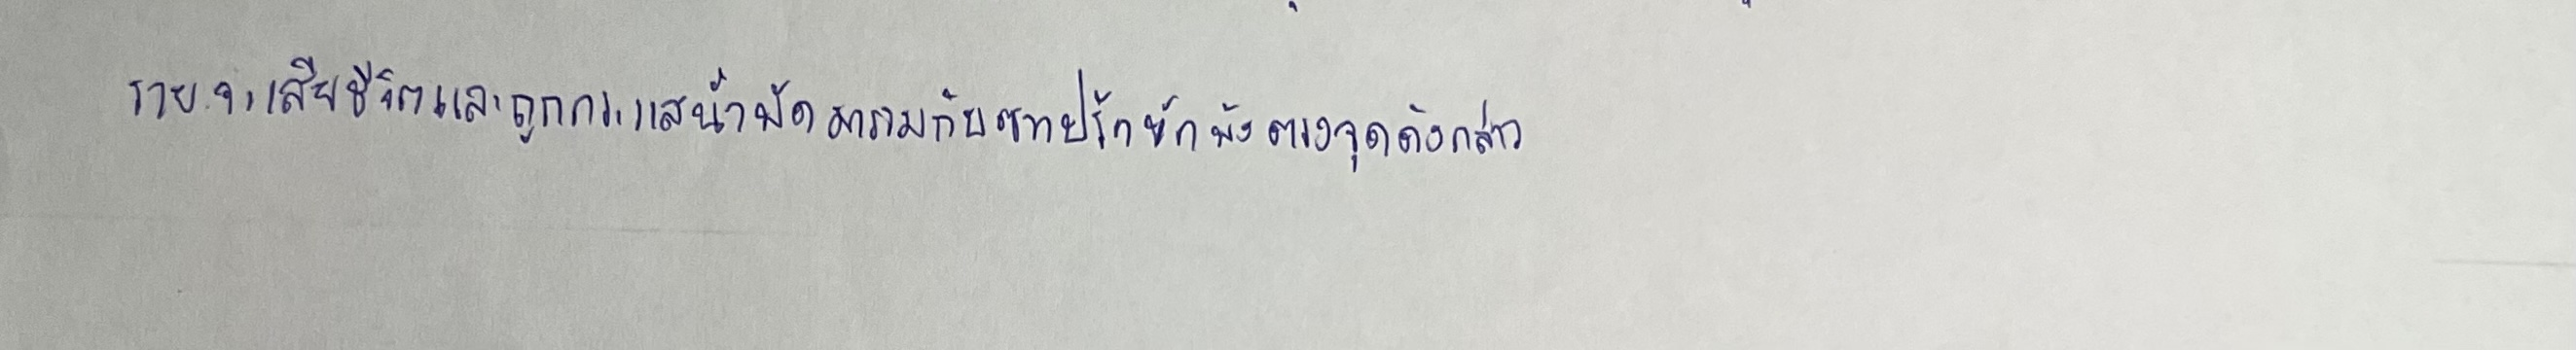
รายจะเสียชีวิตและถูกกระแสน้ำพัดมารวมกับซากปรักหักพังตรงจุดดังกล่าว